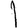
Digit: 1